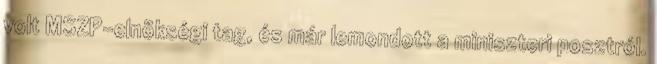
volt MSZP-elnökségi tag, és már lemondott a miniszteri posztról.